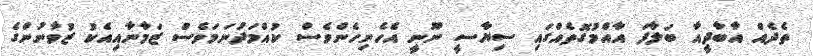
ތެދެއް އާބާދީއާ ބަލާފަ އާއްމުގޮތެއްގައި ސިޔާސީ ނޫނީ އެހެނިހެންވެސް ކުއްމަދުނަމަވެސް ޒަމާނާއިއެކު ޒުވާނުންގެ